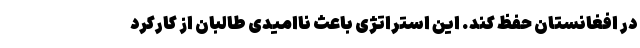
در افغانستان حفظ کند. این استراتژی باعث ناامیدی طالبان از کارکرد